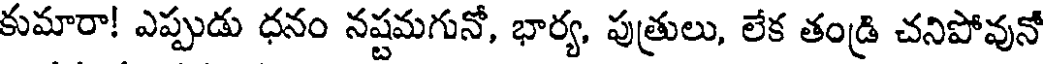
కుమారా! ఎప్పుడు ధనం నష్టమగునో, భార్య, పుత్రులు, లేక తండ్రి చనిపోవునో